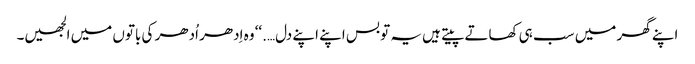
اپنے گھر میں سب ہی کھاتے پیتے ہیں یہ تو بس اپنے اپنے دل….‘‘ وہ اِدھر اُدھر کی باتوں میں الجھیں۔